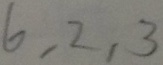
6 , 2 , 3